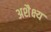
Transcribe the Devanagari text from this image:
अशैक्ष्य